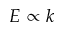
E \propto k